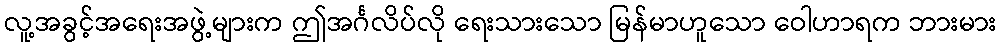
လူ့အခွင့်အရေးအဖွဲ့များက ဤအင်္ဂလိပ်လို ရေးသားသော မြန်မာဟူသော ဝေါဟာရက ဘားမား